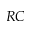
R C